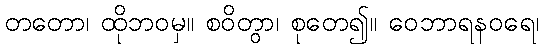
တတော၊ ထိုဘဝမှ။ စဝိတွာ၊ စုတေ၍။ ဝေဘာရနဝရေ၊